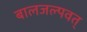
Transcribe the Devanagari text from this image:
बालजल्पवत्